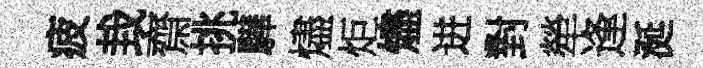
疲㘽齋挑驊燼炬燼进對犖逢涎